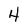
Character: 4